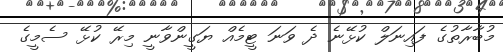
މުބާރާތުގެ ފައިނަލް ކުޅޭނެ ދެ ވަނަ ޓީމެއް ޔަގީންވާނީ މިރޭ ކުޅޭ ސެމީގެ